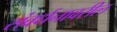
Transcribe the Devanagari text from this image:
संवर्धनावरील